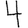
Digit: 4